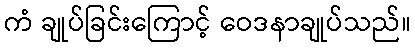
ကံ ချုပ်ခြင်းကြောင့် ဝေဒနာချုပ်သည်။